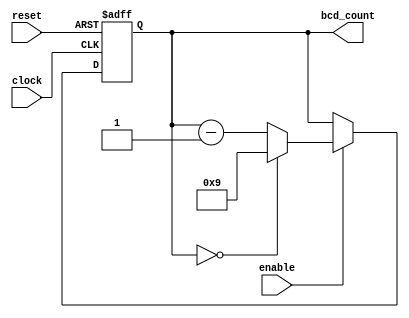
module BCD_Down_Counter_with_Enable (
    input wire clock,
    input wire reset,
    input wire enable,
    output reg [3:0] bcd_count
);

reg [3:0] count_reg;

always @(posedge clock or posedge reset) begin
    if (reset) begin
        count_reg <= 4'b1001;
    end else begin
        if (enable) begin
            if (count_reg == 4'b0000) begin
                count_reg <= 4'b1001;
            end else begin
                count_reg <= count_reg - 1;
            end
        end
    end
end

assign bcd_count = count_reg;

endmodule